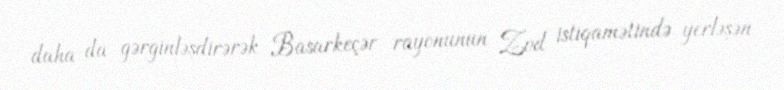
daha da gərginləşdirərək Basarkeçər rayonunun Zod istiqamətində yerləşən